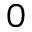
0